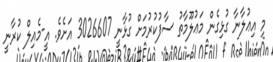
މި އިޢުލާނާ ގުޅިގެން މަޢުލޫމާތު ސާފުކުރުމަށް ގުޅާނީ 3026607 އަށެވެ. އީ-މެއިލް ކުރާނީ